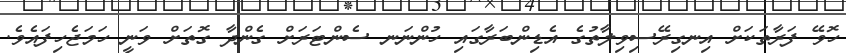
ހޮވޭ ފަރާތަކަށް އިނގިރޭސިވިލާތުގެ އެޑިންބަރާގައި ހުންނަނ ސެންޓަރަށް ގެންދާ ގޮތަށް ވަނީ ހަމަޖެހިފައެވެ.